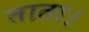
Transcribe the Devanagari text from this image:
ताता।